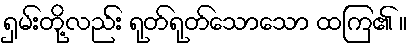
ရှမ်းတို့လည်း ရုတ်ရုတ်သောသော ထကြ၏ ။